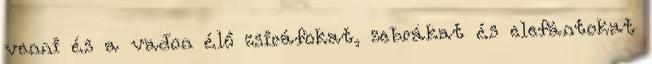
venni és a vadon élő zsiráfokat, zebrákat és elefántokat